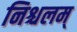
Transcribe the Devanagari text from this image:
निश्चलम्